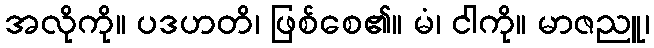
အလိုကို။ ပဒဟတိ၊ ဖြစ်စေ၏။ မံ၊ ငါကို။ မာဇညူ၊